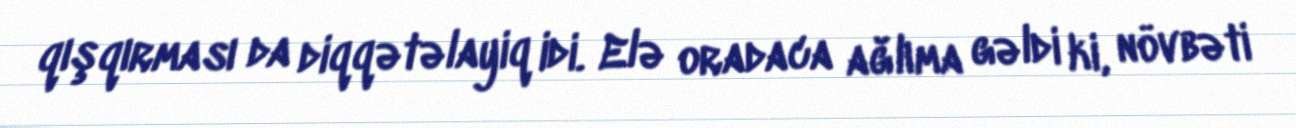
qışqırması da diqqətəlayiq idi. Elə oradaca ağlıma gəldi ki, növbəti